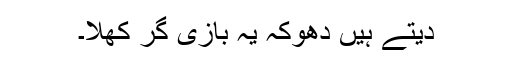
دیتے ہیں دھوکہ یہ بازی گر کھلا۔